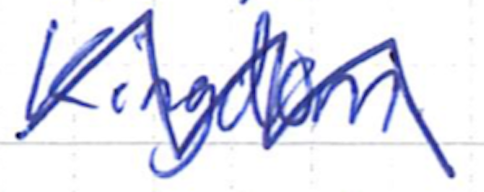
Text: Kingdom.
Cross-out: zig-zag
Writing tool: ballpoint